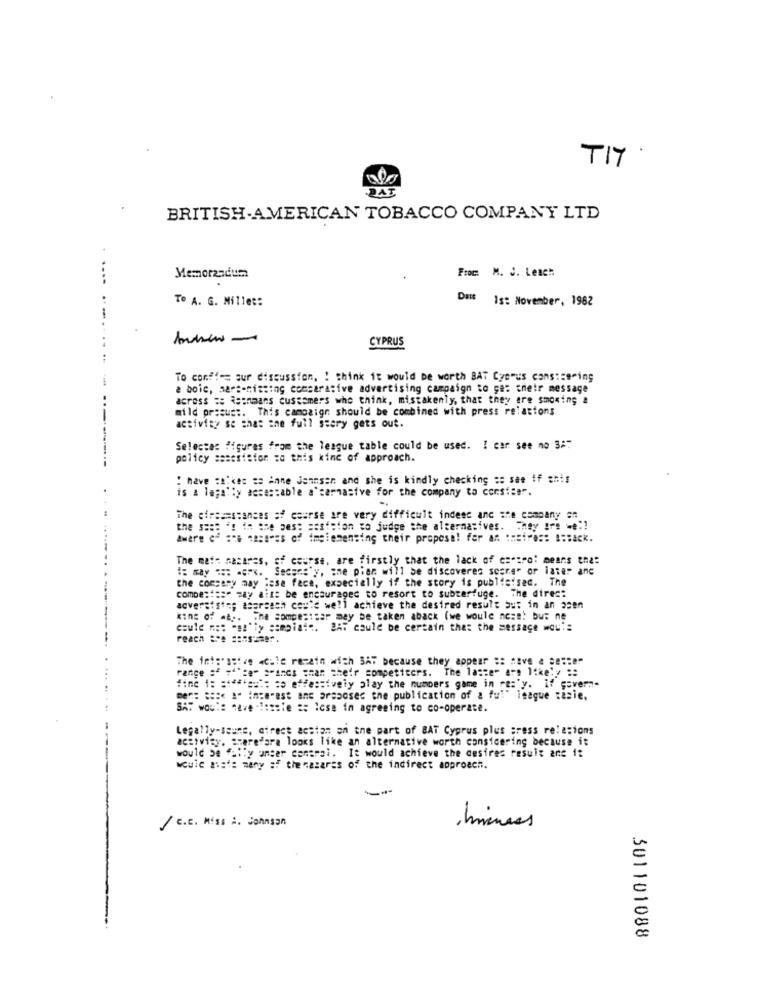
TIT
BRITISH AMERICAN TOBACCO COMPANY LTD
Froc. M. J. Leach.
....
Memorandum
TO A. G. Mille ::
Datt Is: November, 1982
.......
CYPRUS
To conf !== sur discussion, ! think it would be worth BAT Cyamus cons:sering
a boic, sars-nishing comparative advertising campaign to ge: their message
..
across == Reinmans customers who think, mistakenly, that they are smoming a
mild prague :. This campaign should be combined with press relations
activity se that the full story gets out.
Selecta: figures from the league table could be used. I car see no 3:7
policy sasesiston zo this kind of approach.
: have :Bikes za Anne Jennser and she is kindly checking == see if this
is a legally accestable a'carnasive for the company to corsiser.
The circumstances of course are very difficult indeed anc she company at
the seas '! in the best saatsion to judge the alternatives. They are we !!
aware of ace caseras of implementing their proposal for an theires: #:Back.
The mate nacares, of course, are firstly that the lack of caeiro: means that
#: may === = x. Sedans'y, she piar will be discovered score" or later anc
the cossamy may lese face, expecially if the story is publicisec. The
combe:" == " may ait: be encouraged to resort to subterfuge. The dire ::
acveraist ;; aspreach cou'd well achieve the desired result but in an osen
king of map. The sompestsar may be taken aback (we would noze. but ne
could not "at'ty sampiate. BAT could be certain that the message wou ::
reach are consumer.
The int:"stive cule remain with SAT because they appear #: "ave a sester
range :" """ce" ="anos sman their competitors. The laste" are likely ::
#inc 1: :*******: co effectively play the numbers game in re:'y. if govern-
en: ===< " ince"est an praise the publication of a ful" league tesie.
SAT wout: cave -1:sale == lese in agreeing to co-operate.
Legally-seune, ofrece action on the part of BAT Cyprus plus press relations
activity. szerefara looks like an alternative worth considering because it
would be fully unser central. It would achieve the cesires result ans 1:
woule miatt many of the casares of the indirect approach.
/ C.C. Mis. A. Johnson
301101088